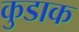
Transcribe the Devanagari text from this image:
कुडाक